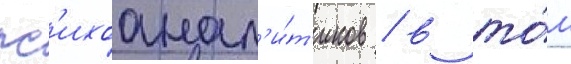
пс'ихоанал'и́т'иков / в то́м